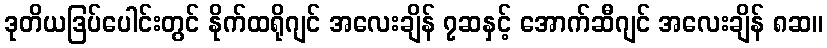
ဒုတိယဒြပ်ပေါင်းတွင် နိုက်ထရိုဂျင် အလေးချိန် ၇ဆနှင့် အောက်ဆီဂျင် အလေးချိန် ၈ဆ။